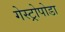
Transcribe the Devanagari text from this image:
गेस्ट्रोपोडा